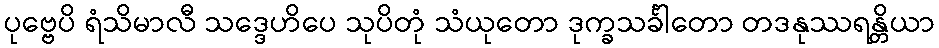
ပုဗ္ဗေပိ ရံသိမာလီ သဒ္ဒေဟိပေ သုပိတုံ သံယုတော ဒုက္ခသင်္ခါတော တဒနုဿရန္တိယာ